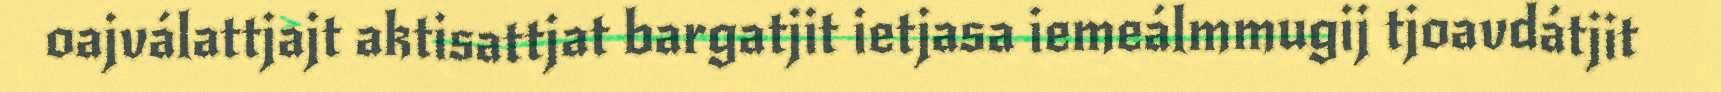
oajválattjajt aktisattjat bargatjit ietjasa iemeálmmugij tjoavdátjit